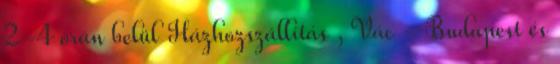
2-4 órán belül Házhozszállítás , Vác - Budapest és